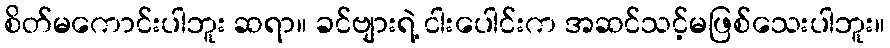
စိတ်မကောင်းပါဘူး ဆရာ။ ခင်ဗျားရဲ့ ငါးပေါင်းက အဆင်သင့်မဖြစ်သေးပါဘူး။